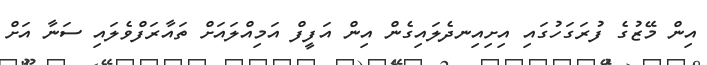
އިން މޭޒުގެ ފުރަގަހުގައި އިށިއިނދެލައިގެން އިން އަފީފް އަމިއްލައަށް ތައާރަފްވެލައި ސަނާ އަށް